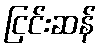
ငြင်းဆန်